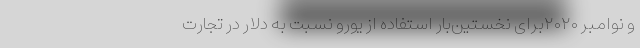
و نوامبر ۲۰۲۰برای نخستین‌بار استفاده از یورو نسبت به دلار در تجارت